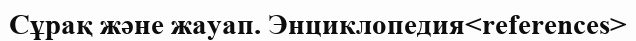
Сұрақ және жауап. Энциклопедия<references>